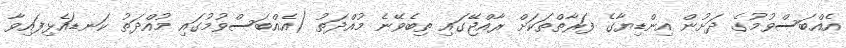
އެއްބަސްވުމުގެ ދަށުން އިންޑިޔާގެ ފަރާތްތަކަށް ރާއްޖޭގައި ތިބެވޭނެ މުއްދަތު (އެއްބަސްވުމުގައި މުއްދަތު ކަނޑައެޅިފައިވާ